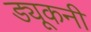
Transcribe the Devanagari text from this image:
ड्यूकनी